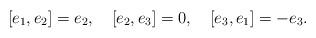
LaTeX: \begin{align*}[e_{1},e_{2}]=e_{2},\quad[e_{2},e_{3}]=0,\quad[e_{3},e_{1}]=-e_{3}.\end{align*}